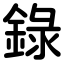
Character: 錄